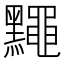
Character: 䵴